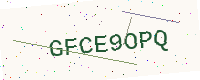
Text: GFCE9OPQ